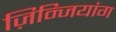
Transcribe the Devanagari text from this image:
ज़िन्जियांग